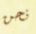
نحن